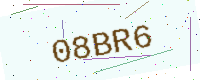
Text: 08BR6